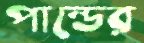
পান্ডের